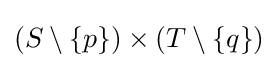
(S\setminus \{p\})\times (T\setminus \{q\})